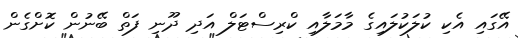
އޭގައި އެކި ކުލަކުލައިގެ މާމަލާއި ކްރިސްޓަލް އަދި ދޫނި ފަތް ބޭނުން ކޮށްގެން